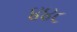
૪૪૮